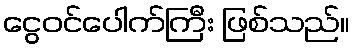
ငွေဝင်ပေါက်ကြီး ဖြစ်သည်။